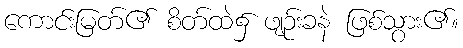
ကောင်းမြတ်၏ စိတ်ထဲ၌ ဖျဉ်းခနဲ ဖြစ်သွား၏။